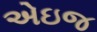
એઇજ